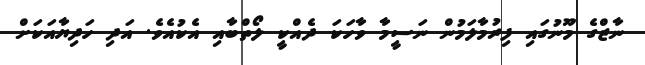
ނާޒްގެ މޫނުގައި ފިރުމާލަމުން ނަސީމާ ވާހަކަ ދެއްކީ ލޯތްބާއި އެކުއެވެ. އަދި ހަދިޔާއަކަށް